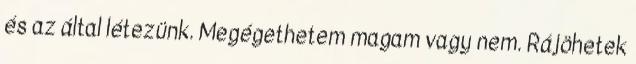
és az által létezünk. Megégethetem magam vagy nem. Rájöhetek